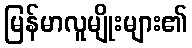
မြန်မာလူမျိုးများ၏